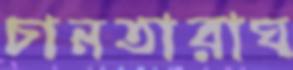
চানতারাঘ